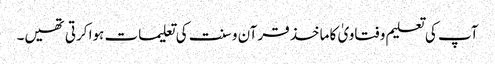
آپ کی تعلیم و فتاویٰ کا ماخذ قرآن و سنت کی تعلیمات ہوا کرتی تھیں۔